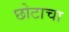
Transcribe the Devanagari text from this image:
छोटाचा